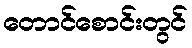
တောင်စောင်းတွင်